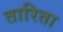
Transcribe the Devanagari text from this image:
तारिता